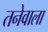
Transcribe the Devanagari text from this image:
तनेवाला